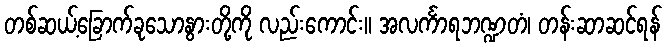
တစ်ဆယ့်ခြောက်ခုသောနွားတို့ကို လည်းကောင်း။ အလင်္ကာရဘဏ္ဍတံ၊ တန်းဆာဆင်ရန်